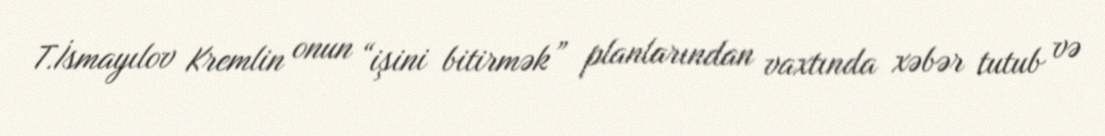
T.İsmayılov Kremlin onun “işini bitirmək” planlarından vaxtında xəbər tutub və